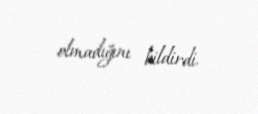
olmadığını bildirdi.